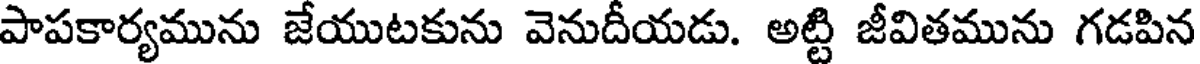
పాపకార్యమును జేయుటకును వెనుదీయడు. అట్టి జీవితమును గడపిన